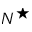
N ^ { \star }